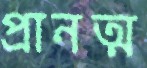
প্রানত্ম